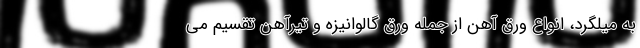
به میلگرد، انواعِ ورق آهن از جمله ورق گالوانیزه و تیرآهن تقسیم می